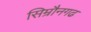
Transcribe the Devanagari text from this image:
सिम्रौनगढ